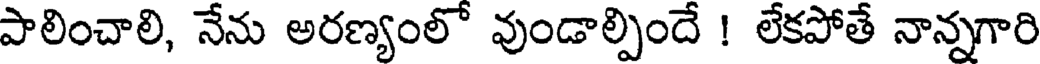
పాలించాలి, నేను అరణ్యంలో వుండాల్పిందే ! లేకపోతే నాన్నగారి